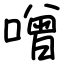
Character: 噌